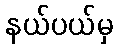
နယ်ပယ်မှ